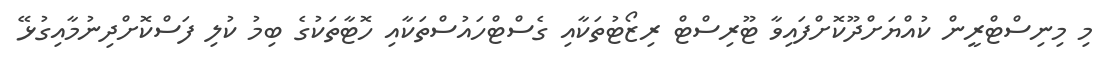
މި މިނިސްޓްރީން ކުއްޔަށްދޫކޮށްފައިވާ ޓޫރިސްޓް ރިޒޯޓުތަކާއި ގެސްޓްހައުސްތަކާއި ހޮޓާތަކުގެ ބިމު ކުލި ފަސްކޮށްދިނުމާއިގުޅޭ